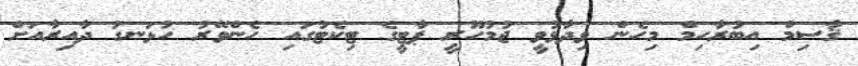
ޤާސިމް އިބުރާހިމް މިހެން ވިދާޅުވީ ޖުމުހޫރީ ޕާޓީގެ ޓިކެޓުގައި ހެންވޭރު ހުޅަނގު ދާއިރާއަށް